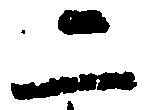
二